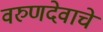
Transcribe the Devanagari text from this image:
वरुणदेवाचे